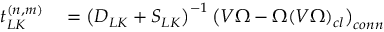
\begin{array} { r l } { t _ { L K } ^ { ( n , m ) } } & { { } = \left( D _ { L K } + S _ { L K } \right) ^ { - 1 } \left( V \Omega - \Omega ( V \Omega ) _ { c l } \right) _ { c o n n } } \end{array}